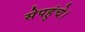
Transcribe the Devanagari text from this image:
सेपहुंचे।